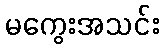
မကွေးအသင်း